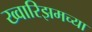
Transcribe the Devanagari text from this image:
ख्वारिझमच्या